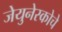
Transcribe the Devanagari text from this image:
जेयुनेस्कोचे